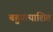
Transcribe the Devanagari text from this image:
बहुप्रत्याशित